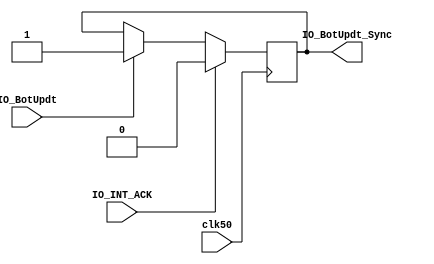
//////////////////////////////////////////////////////////////////////////////////
// Company: Portland State University
// 
// Design Name: 
// Module Name: handshake_ff
// Project Name: 
// Target Devices: 
// Tool Versions: 
// Description: 
//      Flip Flop for syncing the system 50 MHz clock and 75 MHz clock. 
// 
// Dependencies: 
// 
// Revision:
// Revision 0.01 - File Created
// Additional Comments:
//	Handshaking signal for synchronizing the Rojobot clock(75MHz) with the 
//	cpu clock(50MHz). 
//////////////////////////////////////////////////////////////////////////////////


module handshake_ff(
    input           clk50,
    input           IO_INT_ACK,
    input           IO_BotUpdt,
    output reg      IO_BotUpdt_Sync
    );
    
    // turn off IO_BotUpdt_Sync when ACK signal received
    always @ (posedge clk50) begin
        if (IO_INT_ACK == 1'b1) begin
            IO_BotUpdt_Sync <= 1'b0;
        end
        else if (IO_BotUpdt == 1'b1) begin
            IO_BotUpdt_Sync <= 1'b1;
        end else begin
            IO_BotUpdt_Sync <= IO_BotUpdt_Sync;
        end
    end 
    
endmodule